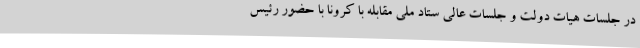
در جلسات هیات دولت و جلسات عالی ستاد ملی مقابله با کرونا با حضور رئیس